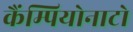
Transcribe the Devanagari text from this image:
कैंम्पियोनाटो